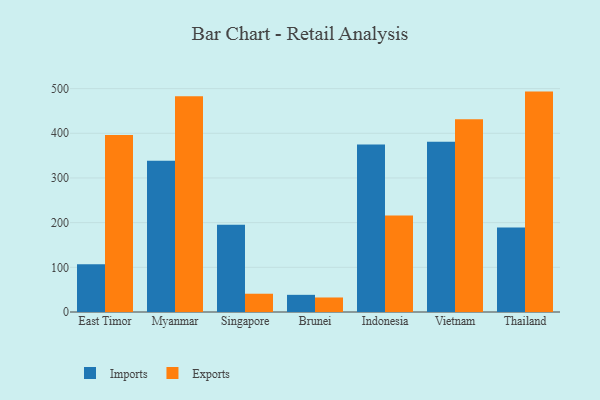
{"axis": {"x": "Country", "y": "Waste Production (Tons)"}, "legend": ["Exports", "Imports"], "data": [{"x": "East Timor", "y": 106.7, "type": "Imports"}, {"x": "East Timor", "y": 395.9, "type": "Exports"}, {"x": "Myanmar", "y": 338.6, "type": "Imports"}, {"x": "Myanmar", "y": 482.8, "type": "Exports"}, {"x": "Singapore", "y": 195.4, "type": "Imports"}, {"x": "Singapore", "y": 40.9, "type": "Exports"}, {"x": "Brunei", "y": 38.4, "type": "Imports"}, {"x": "Brunei", "y": 32.5, "type": "Exports"}, {"x": "Indonesia", "y": 375.1, "type": "Imports"}, {"x": "Indonesia", "y": 216.1, "type": "Exports"}, {"x": "Vietnam", "y": 380.9, "type": "Imports"}, {"x": "Vietnam", "y": 431.3, "type": "Exports"}, {"x": "Thailand", "y": 189.3, "type": "Imports"}, {"x": "Thailand", "y": 493.3, "type": "Exports"}]}